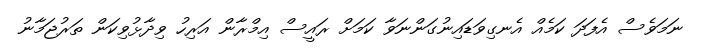
ނަމަވެސް އެފަދަ ކަމެއް އެނގިވަޑައިނުގަންނަވާ ކަމަށް ރައީސް އިމްރާން އަރިހު ވިދާޅުވިކަން ތަރުޖަމާނު